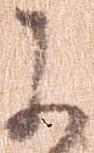
に